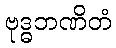
ဗုဒ္ဓဘဏိတံ